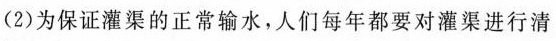
(2)为保证灌渠的正常输水，人们每年都要对灌渠进行清